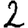
Digit: 2